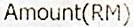
AMOUNT(RM)